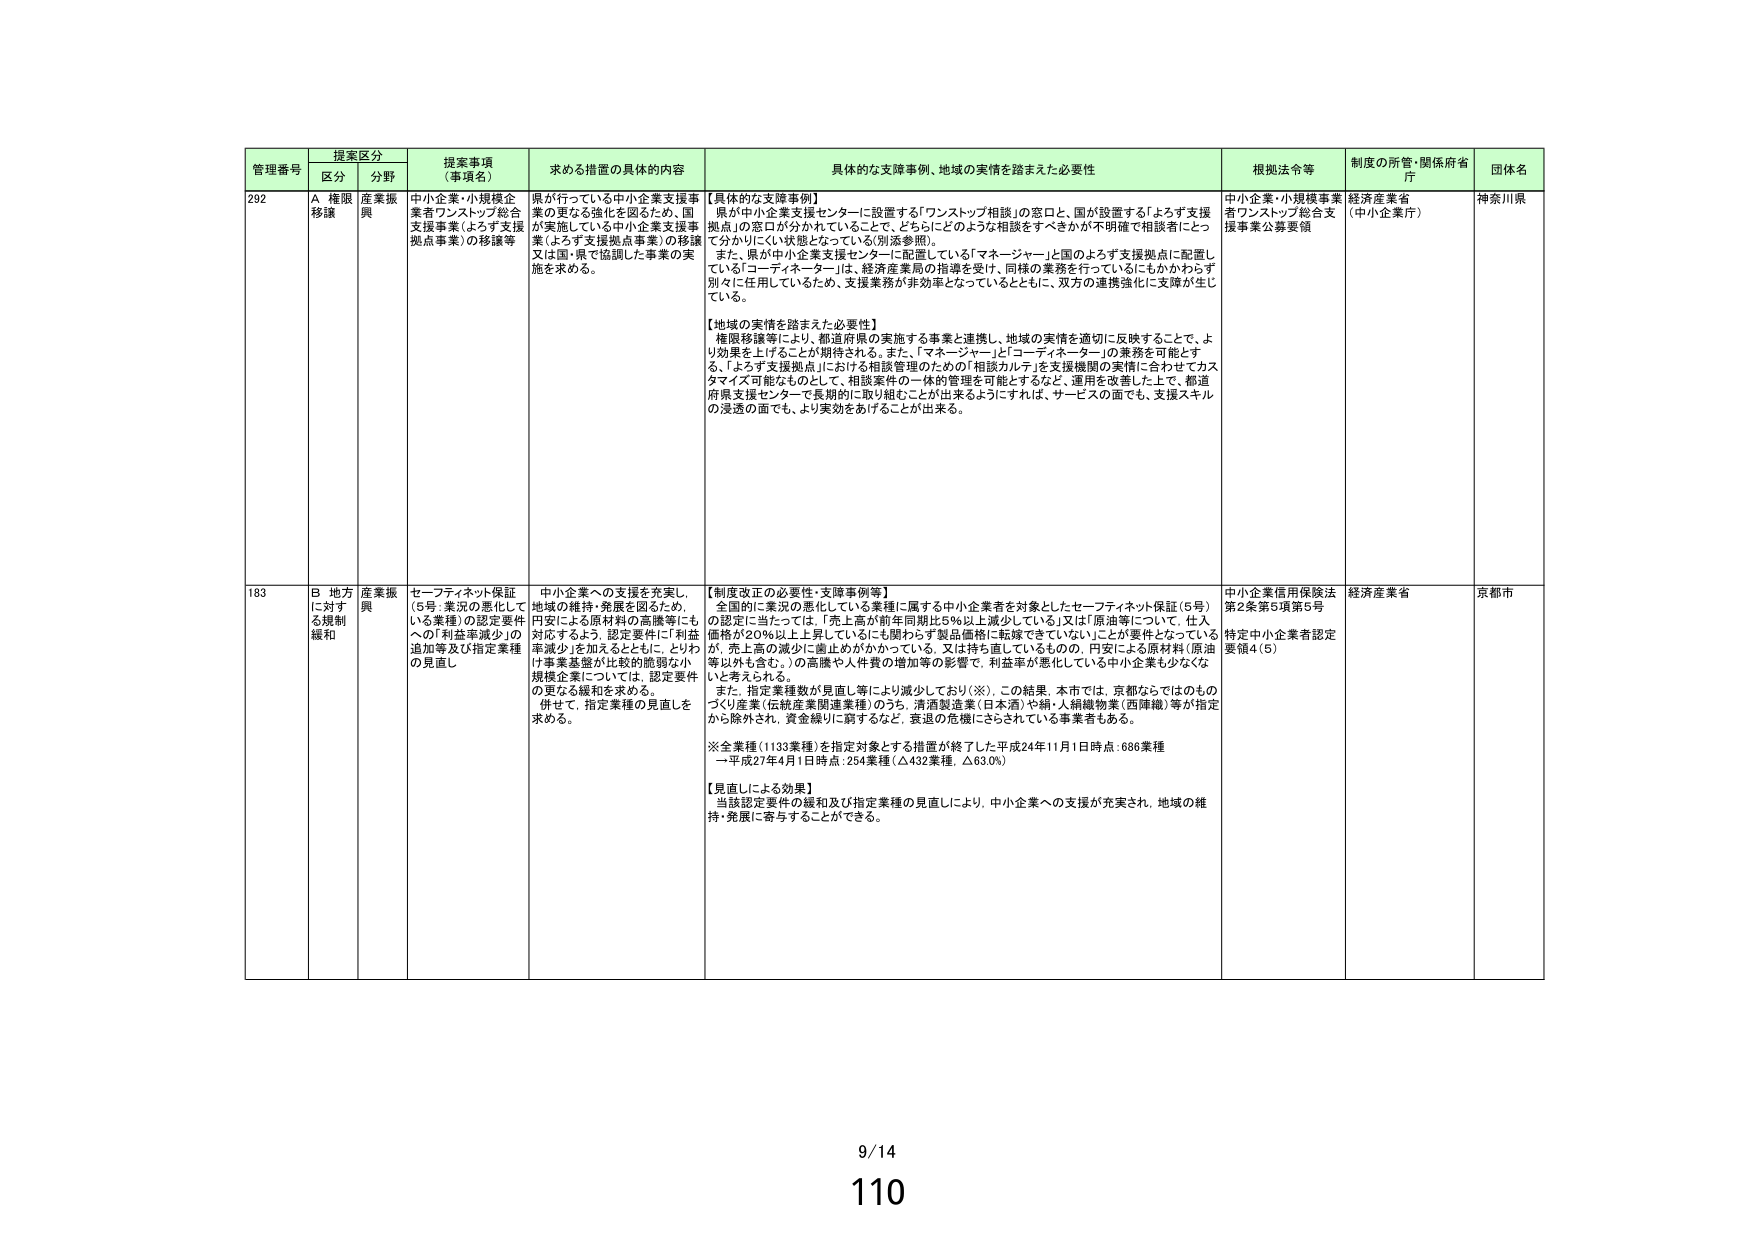
管理番号 提案区分 提案事項（事項名） 求める措置の具体的内容 具体的な支援事例、地域の実情を踏まえた必要性 根拠法令等 制度の所管・関係府省庁 団体名
区分 分野
292 A 権限移譲 産業振興 中小企業・小規模企業者ワンストップ総合支援事業（よろず支援拠点事業）の移譲等 県が行っている中小企業支援事業の更なる強化を図るため、国が実施している中小企業支援事業（よろず支援拠点事業）の移譲又は国・県で協調した事業の実施を求める。 【具体的な支援事例】 県が中小企業支援センターに設置する「ワンストップ相談」の窓口と、国が設置する「よろず支援拠点」の窓口が分かれていることで、どちらにどのような相談をすべきかが不明確で相談者にとって分かりにくい状態となっている（別添参照）。 また、県が中小企業支援センターに配置している「マネージャー」と国のおよず支援拠点に配置している「コーディネーター」は、経済産業局の指導を受け、同様の業務を行っているにもかかわらず別々に任用しているため、支援業務が非効率となっているとともに、双方の連携強化に支障が生じている。 【地域の実情を踏まえた必要性】 権限移譲等により、都道府県の実施する事業と連携し、地域の実情を適切に反映することで、より効果を上げることが期待される。また、「マネージャー」と「コーディネーター」の業務を可能とする、「よろず支援拠点」における相談管理のための「相談カルテ」を支援機関の実情に合わせてカスタマイズ可能なものとして、相談案件の一体的管理を可能とするなど、運用を改善した上で、都道府県支援センターで長期的に取り組むことが出来るようにすれば、サービスの面でも、支援スキルの浸透の面でも、より実効をあげることが出来る。 中小企業・小規模事業者ワンストップ総合支援事業公募要領 経済産業省（中小企業庁） 神奈川県
183 B 地方に対する規制緩和 産業振興 セーフティネット保証（5号：業況の悪化している業種）の認定要件への「利益率減少」の追加等及び指定業種の見直し 中小企業への支援を充実し、地域の維持・発展を図るため、円安による原材料の高騰等にも対応するよう、認定要件に「利益率減少」を加えるとともに、とりわけ事業基盤が比較的脆弱な小規模企業については、認定要件の更なる緩和を求める。 併せて、指定業種の見直しを求める。 【制度改正の必要性・支援事例等】 全国的に業況の悪化している業種に属する中小企業者を対象としたセーフティネット保証（5号）の認定に当たっては、「売上高が前年同期比5％以上減少している」又は「原油等について、仕入価格が20％以上上昇しているにも関わらず製品価格に転嫁できていない」ことが要件となっているが、売上高の減少に歯止めがかかっている、又は持ち直しているものの、円安による原材料（原油等以外も含む。）の高騰や人件費の増加等の影響で、利益率が悪化している中小企業も少なくないと考えられる。 また、指定業種数が見直し等により減少しており（※）、この結果、本市では、京都ならではのものづくり産業（伝統産業関連業種）のうち、清酒製造業（日本酒）や絹・人絹織物業（西陣織）等が指定から除外され、資金繰りに窮するなど、衰退の危機にさらされている事業者もある。 ※全業種（1133業種）を指定対象とする措置が終了した平成24年11月1日時点：686業種 →平成27年4月1日時点：254業種（△432業種、△63.0％） 【見直しによる効果】 当該認定要件の緩和及び指定業種の見直しにより、中小企業への支援が充実され、地域の維持・発展に寄与することができる。 中小企業信用保険法第2条第5項第5号 特定中小企業者認定要領4（5） 経済産業省 京都市
9/14
110